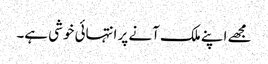
مجھے اپنے ملک آنے پر انتہائی خوشی ہے۔